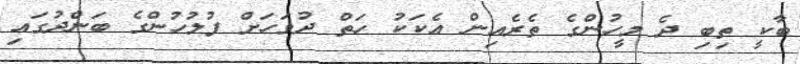
ބާކީ ތިބި ދެ މީހުންގެ ތެރެއިން އެކަކު ހަތް ދުވަހަށް ފުލުހުންގެ ބަންދުގައި